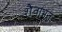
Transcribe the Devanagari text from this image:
शैवाभूत